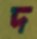
দ